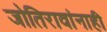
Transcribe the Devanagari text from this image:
जोतिरावांनाही